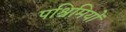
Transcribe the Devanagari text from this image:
पश्चिमियों